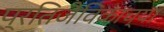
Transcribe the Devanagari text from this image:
प्रतिजैविकांच्या